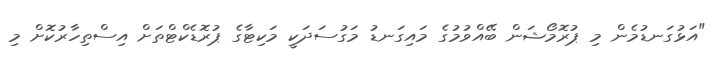
"އަޅުގަނޑުމެން މި ޕުރޮމޯޝަން ބޭއްވުމުގެ މައިގަނޑު މަގުސަދަކީ މަކިޓާގެ ޕުރޮޑެކްޓްތަށް އިސްތިހާރުކޮށް މި